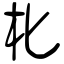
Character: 朼